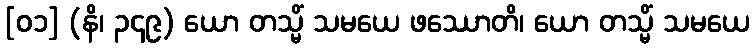
[၀၁] (နိ၊ ၃၄၉) ယော တသ္မိံ သမယေ ဖဿောတိ၊ ယော တသ္မိံ သမယေ